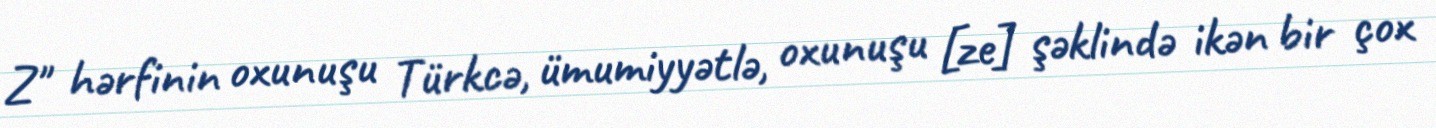
Z" hərfinin oxunuşu Türkcə, ümumiyyətlə, oxunuşu [ze] şəklində ikən bir çox